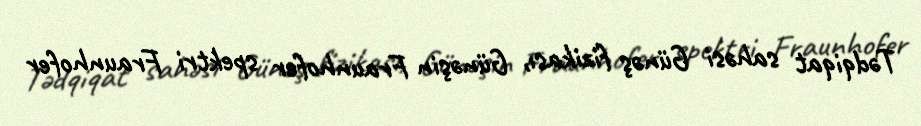
Tədqiqat sahəsi Günəş fizikası, Günəşin Fraunhofer spektri Fraunhofer